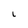
Character: L